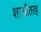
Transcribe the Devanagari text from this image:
शाऔतरह